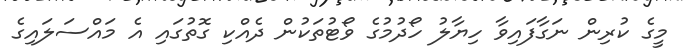
މީގެ ކުރިން ނަގާފައިވާ ހިޔާލު ހޯދުމުގެ ވޯޓުތަކުން ދެއްކި ގޮތުގައި އެ މައްސަލައިގެ